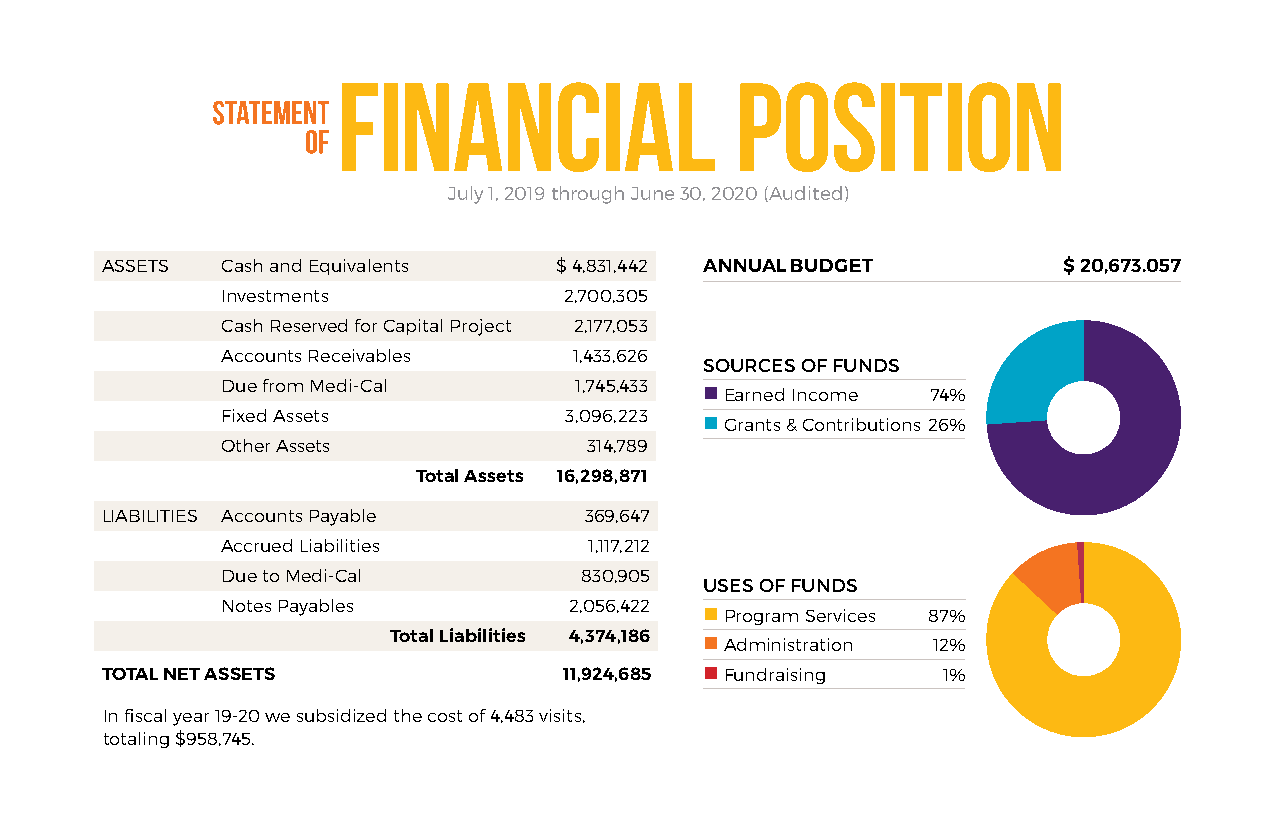
financial                  POSITION
 July 1, 2019 through June 30, 2020 (Audited)
 ASSETS  Cash and Equivalents  $ 4,831,442 ANNUAL BUDGET        $ 20,673.057
 Investments           2,700,305
 Cash Reserved for Capital Project 2,177,053
 Accounts Receivables   1,433,626
 SOURCES OF FUNDS
 Due from Medi-Cal      1,745,433
 n Earned Income 74%
 Fixed Assets          3,096,223 n Grants & Contributions 26%
 Other Assets            314,789
 Total Assets 16,298,871
 LIABILITIES Accounts Payable    369,647
 Accrued Liabilities     1,117,212
 Due to Medi-Cal        830,905
 USES OF FUNDS
 Notes Payables         2,056,422
 n Program Services 87%
 Total Liabilities 4,374,186 n Administration 12%
 UNITED TOTAL NET ASSETS              11,924,685 n Fundraising 1%
 to meet the critical need for affordable health care and housing,
 Santa Cruz Community Health, Dientes and MidPen are partnering to develop In fiscal year 19-20 we subsidized the cost of 4,483 visits,
 totaling $958,745.
 an integrated, state-of-the-art campus in the heart of Live Oak. More news coming soon!